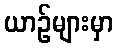
ယာဉ်များမှာ